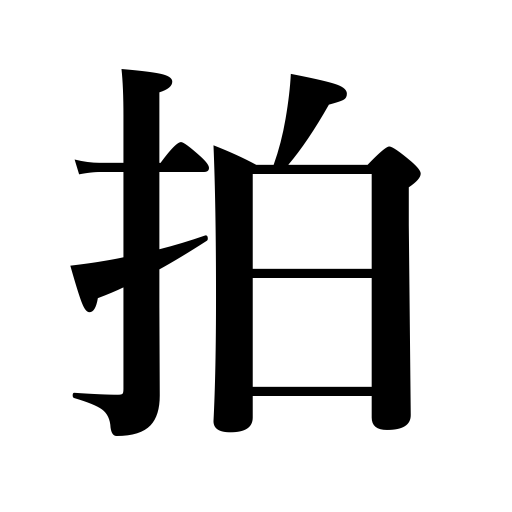
Meanings: beat in music